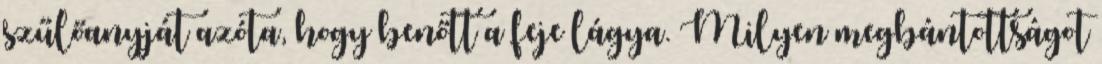
szűlőanyját azóta, hogy benőtt a feje lágya. Milyen megbántottságot